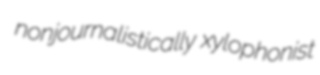
nonjournalistically xylophonist